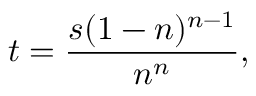
t = { \frac { s ( 1 - n ) ^ { n - 1 } } { n ^ { n } } } ,